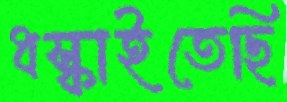
ধস্‌কাইতেছি